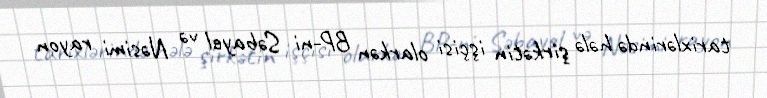
tarixlərində hələ şirkətin işçisi olarkən BP-ni Səbayel və Nəsimi rayon